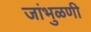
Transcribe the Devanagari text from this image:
जांभुळणी